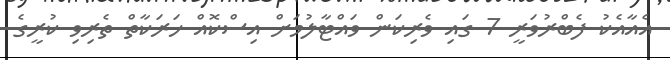
އެއާއެކު ފެބްރުވަރީ 7 ގައި ވެރިކަން ވައްޓާލުމަށް އިސްކޮއް ހަރަކާތް ތެރިވި ކުރީގެ